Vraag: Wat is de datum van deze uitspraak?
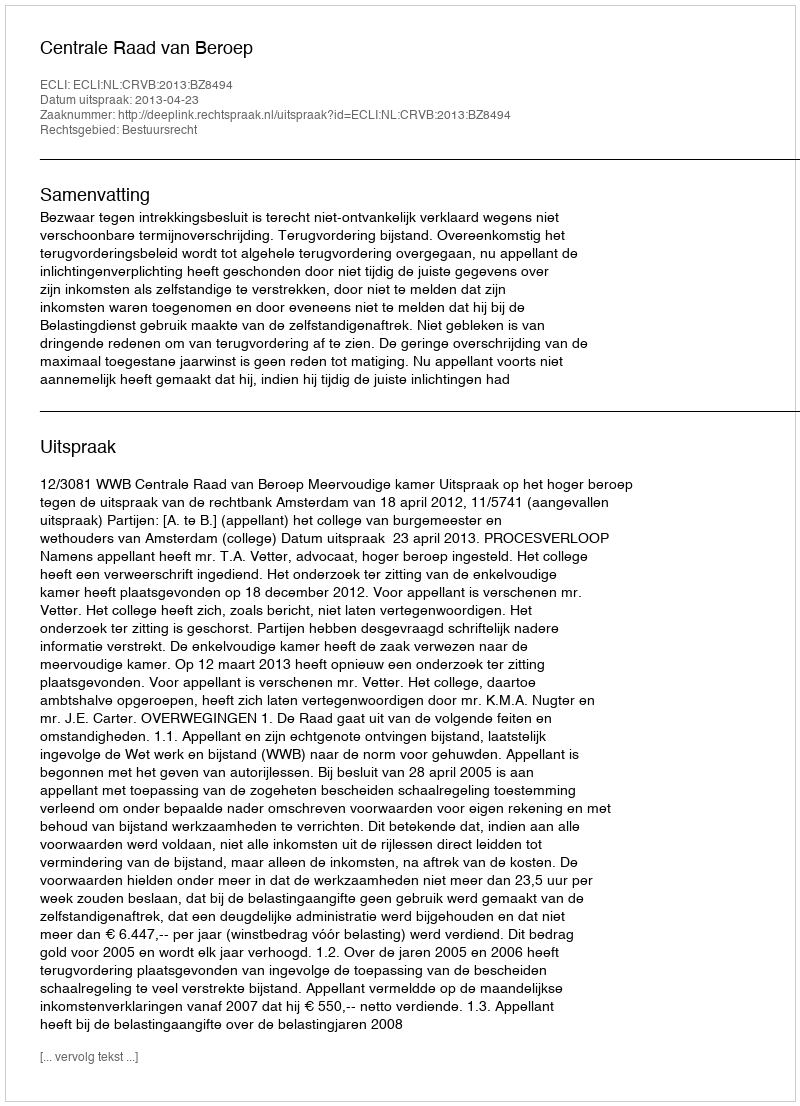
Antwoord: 2013-04-23